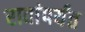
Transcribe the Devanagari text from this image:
रावांपर्यंत